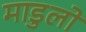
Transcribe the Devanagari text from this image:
माडुलो